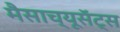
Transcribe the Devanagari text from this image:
मैसाच्यूसॅट्स